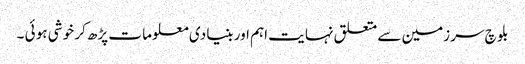
بلو چ سر زمین سے متعلق نہا یت اہم اور بنیا دی معلو ما ت پڑھ کر خو شی ہو ئی ۔